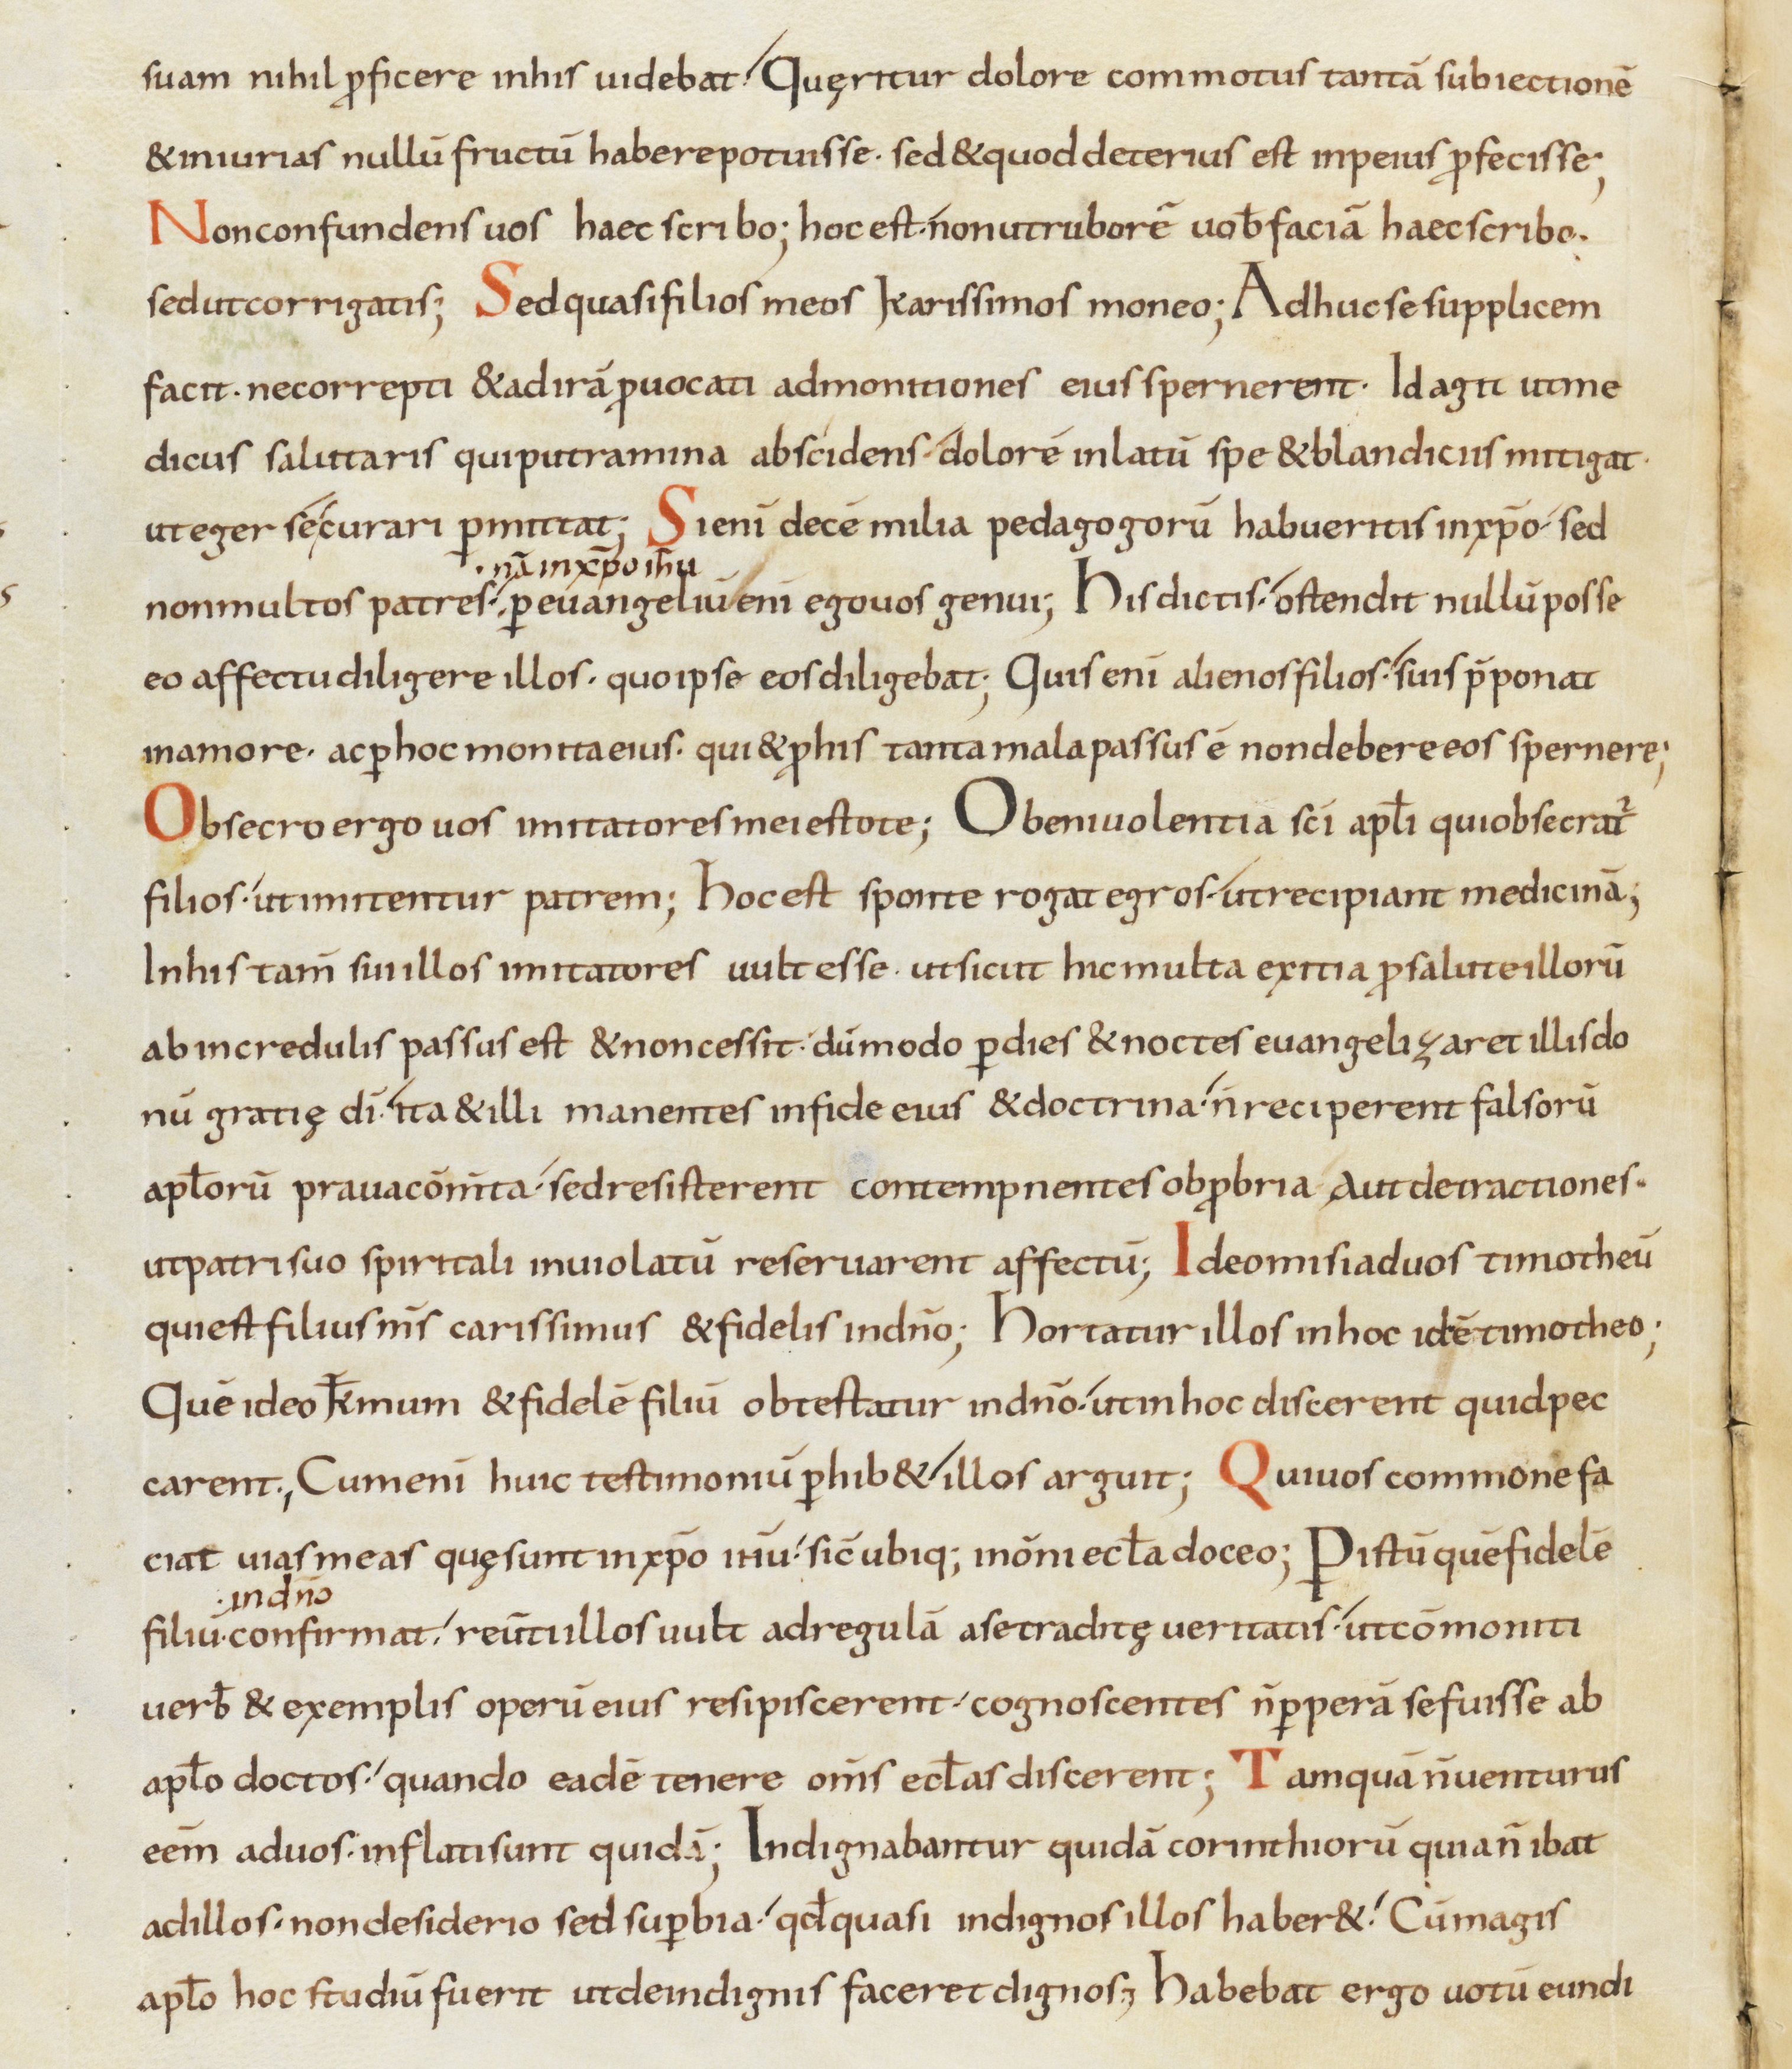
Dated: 800–899